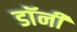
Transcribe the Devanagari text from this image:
डाॅनी